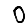
Digit: 0